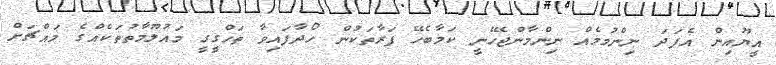
އީޔޫއިން އެފަދަ ނިންމުމެއް ނިންމާންޖެހޭނީ ކަމާބެހޭ ފަރާތަކުން ހޯދާފައިވާ ތަހްގީގީ މައުލޫމާތުތަކެއްގެ މައްޗަށް